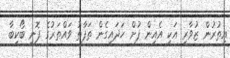
އިތުރުން ޒުވާރި އަކީ އެއިން ފުށް ހަދައިގެން ތަފާތު ވައްތަރުގެ ފޮނި ބޯކިބާ